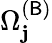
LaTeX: \Omega_{\mathbf{j}}^{(\mathsf{{B}})}